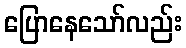
ပြောနေသော်လည်း